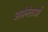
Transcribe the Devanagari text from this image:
अभेनेताओं